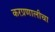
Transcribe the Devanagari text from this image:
करप्रणालीचा